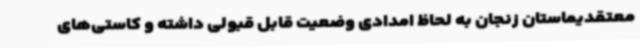
معتقدیماستان زنجان به لحاظ امدادی وضعیت قابل قبولی داشته و کاستی‌های